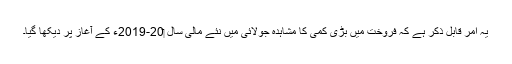
یہ امر قابلِ ذکر ہے کہ فروخت میں بڑی کمی کا مشاہدہ جولائی میں نئے مالی سال ‏2019-20ء کے آغاز پر دیکھا گیا۔